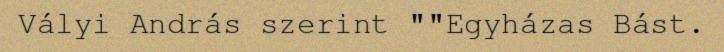
Vályi András szerint ""Egyházas Bást.